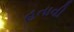
હતાવી